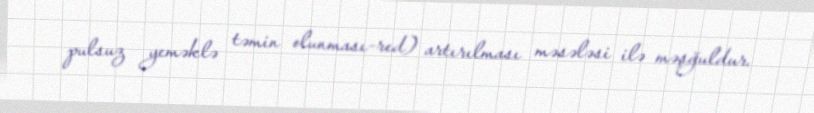
pulsuz yeməklə təmin olunması-red) artırılması məsələsi ilə məşğuldur.